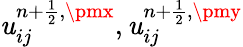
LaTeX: \mathit{u}_{ij}^{{n+\frac{{1}}{{2}}},\pmx},\mathit{u}_{ij}^{{n+\frac{{1}}{{2}}},\pmy}